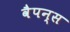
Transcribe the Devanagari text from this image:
वैपन्स